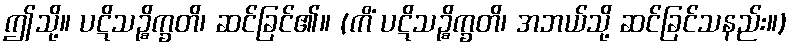
ဤသို့။ ပဋိသဉ္စိက္ခတိ၊ ဆင်ခြင်၏။ (ကိံ ပဋိသဉ္စိက္ခတိ၊ အဘယ်သို့ ဆင်ခြင်သနည်း။)